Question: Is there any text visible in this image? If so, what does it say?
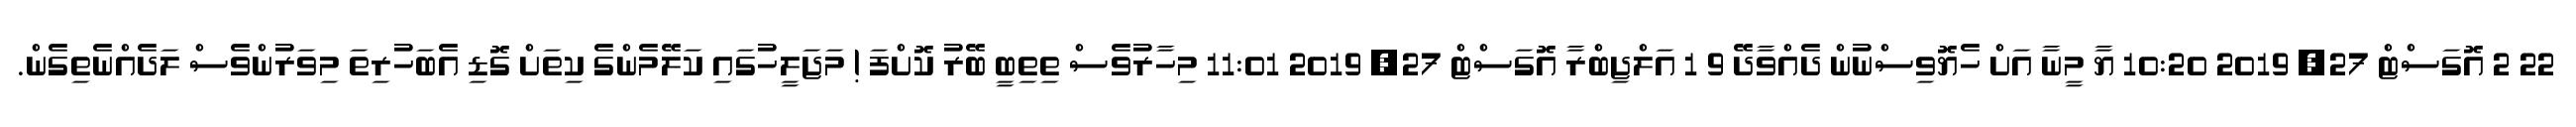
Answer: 22 2 އޮގަސްޓް 27, 2019 10:20 ޔާ މީނާ އަށް ހެޔޮވިސްނުން ދެއްވާދޭ 9 1 އަލްޖިބްރާ އޮގަސްޓް 27, 2019 11:01 މިހާރުވެސް ތިތިބީ ބޭރު ކޮށްފަ ! މަޖަލީހުގައި ކަލޭމެންގެ ކިތަށް ގޮޑި އެބަހުރިތަ މިވަރުންވެސް ލަދެއްނެތިގެން.